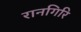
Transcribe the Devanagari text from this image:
रानगिरि